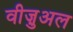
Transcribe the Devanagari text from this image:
वीज़ुअल